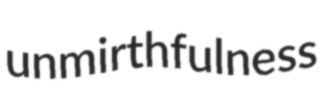
unmirthfulness